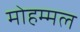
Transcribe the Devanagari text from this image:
मोहम्मल